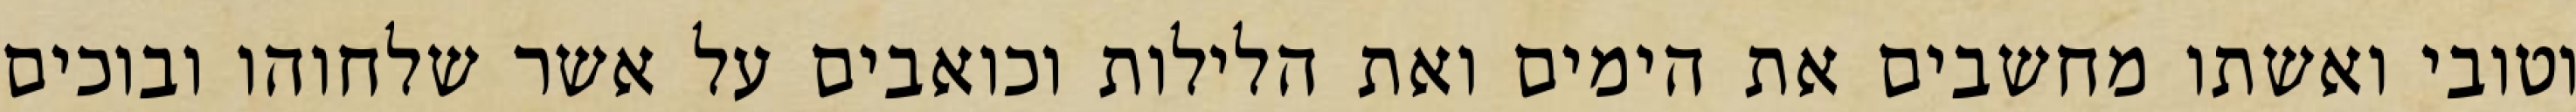
וטובי ואשתו מחשבים את הימים ואת הלילות וכואבים על אשר שלחוהו ובוכים